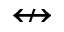
\nleftrightarrow